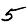
Digit: 5